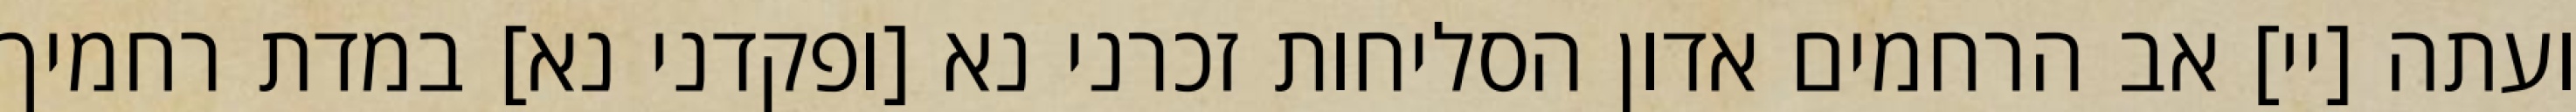
ועתה [יי] אב הרחמים אדון הסליחות זכרני נא [ופקדני נא] במדת רחמיך